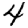
Digit: 4